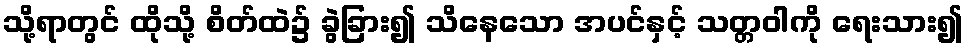
သို့ရာတွင် ထိုသို့ စိတ်ထဲ၌ ခွဲခြား၍ သိနေသော အပင်နှင့် သတ္တဝါကို ရေးသား၍